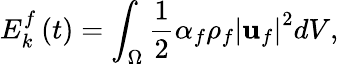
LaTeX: E_{k}^{f}\left(t\right)=\int_{\Omega}\frac{1}{2}\alpha_{f}\rho_{f}\left|\mathbf{u}_{f}\right|^{2}dV,